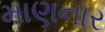
માણનાર